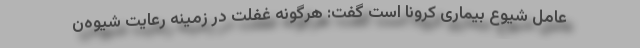
عامل شیوع بیماری کرونا است گفت: هرگونه غفلت در زمینه رعایت شیوه‌ن